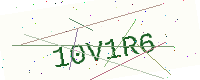
Text: 10V1R6